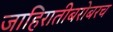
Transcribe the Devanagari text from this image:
जाहिरातीबरोबरच